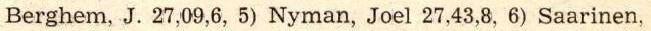
Berghem, J. 27,09,6, 5) Nyman, Joel 27,43,8, 6) Saarinen,